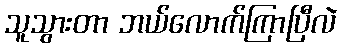
သူသွားတာ ဘယ်လောက်ကြာပြီလဲ